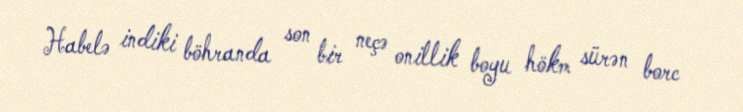
Habelə indiki böhranda son bir neçə onillik boyu hökm sürən borc